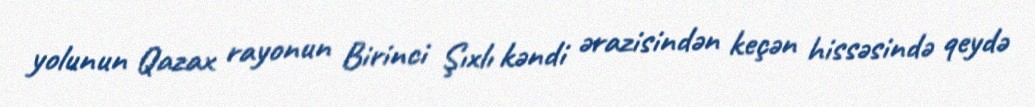
yolunun Qazax rayonun Birinci Şıxlı kəndi ərazisindən keçən hissəsində qeydə